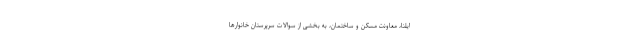
ایلنا، معاونت مسکن و ساختمان، به بخشی از سوالات سرپرستان خانوارها